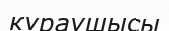
күраушысы